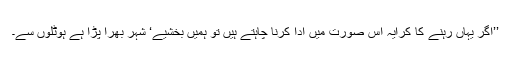
’’اگر یہاں رہنے کا کرایہ اس صورت میں ادا کرنا چاہتے ہیں تو ہمیں بخشیے‘ شہر بھرا پڑا ہے ہوٹلوں سے۔